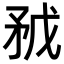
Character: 𥍥